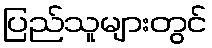
ပြည်သူများတွင်